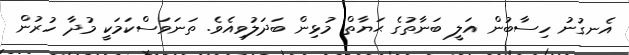
އެނގުނު ހިސާބުން އަލީ ބަނާތުގެ ޙަޔާތް މުޅިން ބަދަލުވިއެވެ. ތަނަވަސްކަމަކީ މުދާ ހުރުން